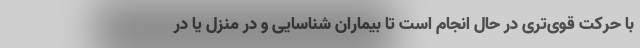
با حرکت قوی‌تری در حال انجام است تا بیماران شناسایی و در منزل یا در